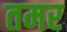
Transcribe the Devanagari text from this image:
तमर